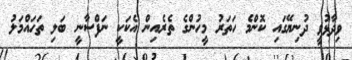
ވިދާޅުވީ ދުނިޔޭގައި ކޮންމެ ހަތަރު މީހުންގެ ތެރެއިން އެކަކީ ނަފްސާނީ ބަލި ތަހައްމަލު